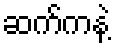
ဆက်ကနဲ့